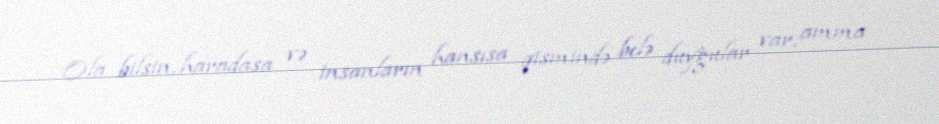
Ola bilsin, haradasa və insanların hansısa qismində belə duyğular var, amma